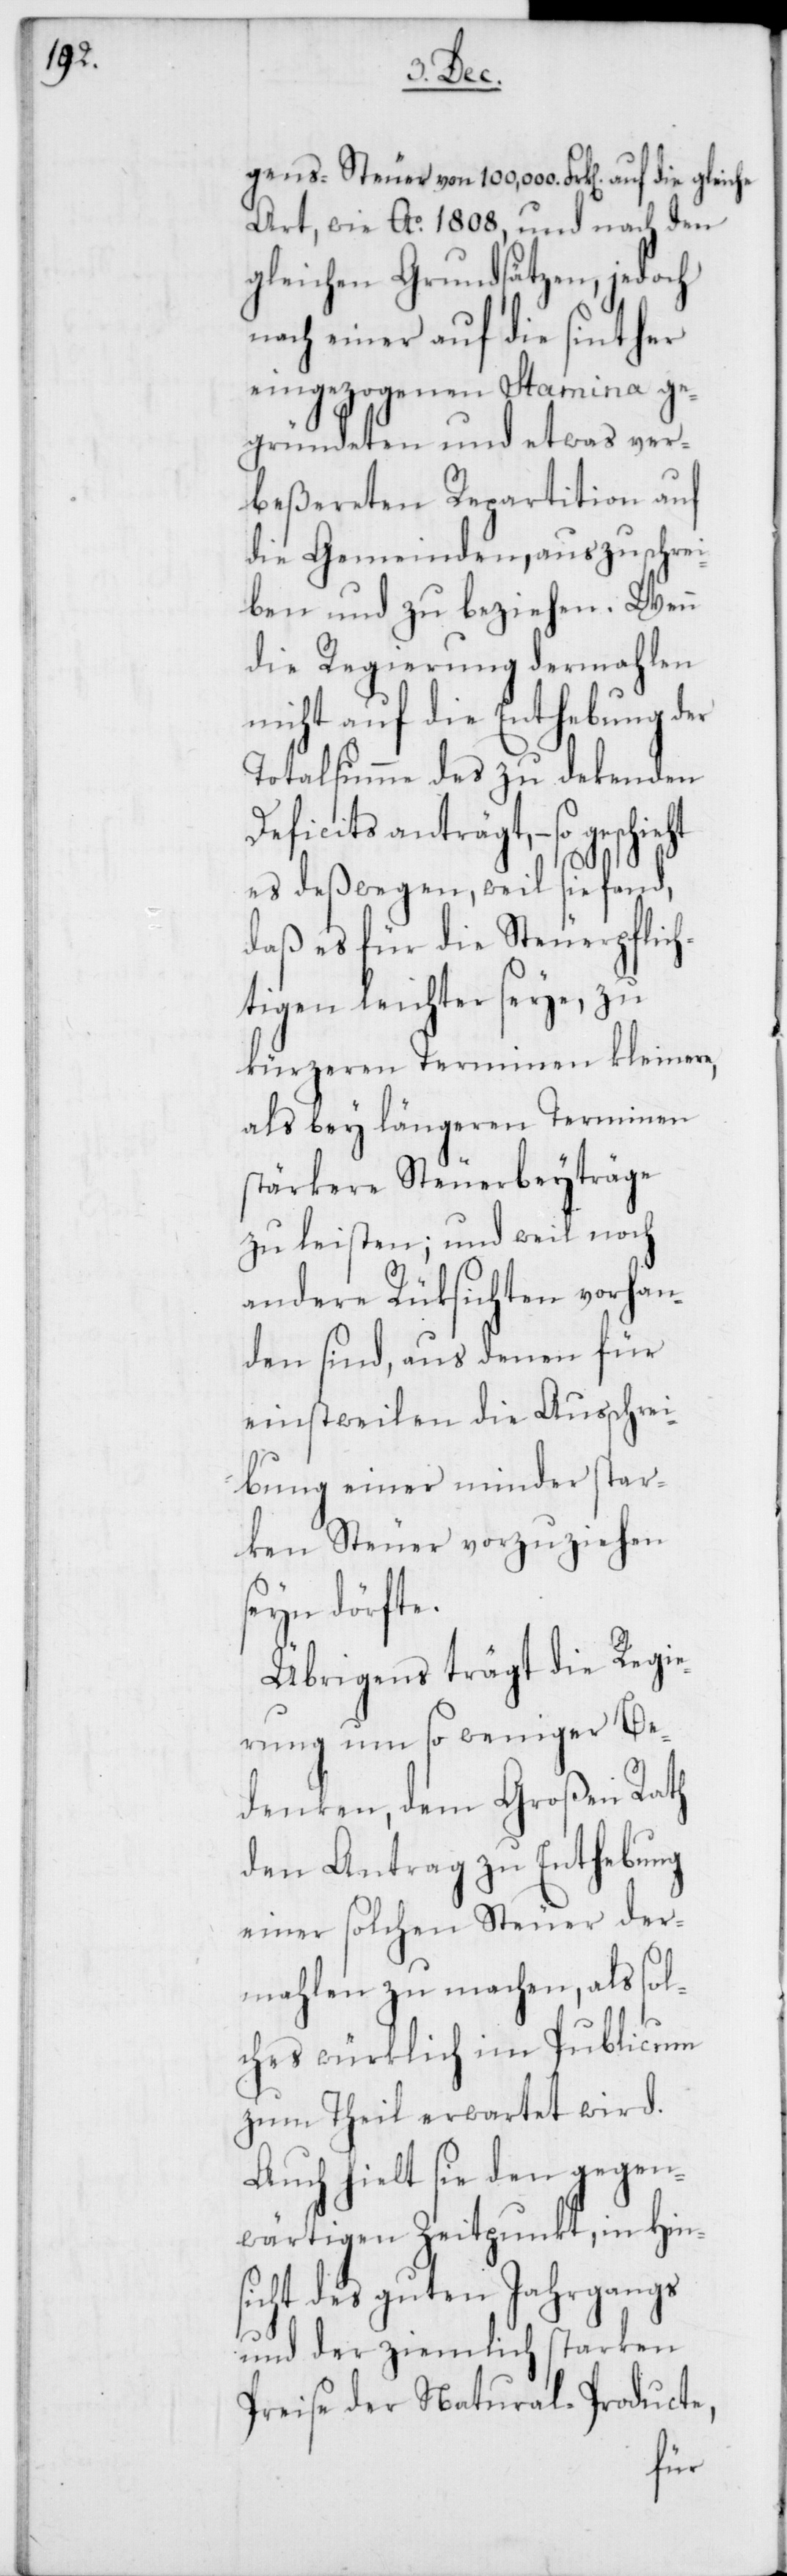
Art, wie Ao. 1808, und nach den
gleichen Grundsätzen, jedoch
nach einer auf die sinther
eingezogenen Stamina ge¬
gründeten und etwas ver¬
beßereten Repartition auf
die Gemeinden, auszuschrei¬
ben und zu beziehen. Wenn
die Regierung dermahlen
nicht auf die Enthebung der
Totalsumme des zu dekenden
Deficits anträgt, – so geschieht
es deßwegen, weil sie fand,
daß es für die Steuerpflich¬
tigen leichter seye, zu
kürzeren Terminen kleinere,
als bey längeren Terminen
stärkere Steuerbeyträge
zu leisten; und weil noch
andere Rüksichten vorhan¬
den sind, aus denen für
einstweilen die Ausschrei¬
bung einer minder star¬
ken Steuer vorzuziehen
seyn dürfte.
Übrigens trägt die Regie¬
rung um so weniger Be¬
denken, dem großen Rath
den Antrag zu Enthebung
einer solchen Steuer der¬
mahlen zu machen, als sol¬
ches würklich im Publicum
zum Theil erwartet wird.
Auch sieht sie den gegen¬
wärtigen Zeitpunkt, in Hin¬
sicht des guten Jahrgangs
und der ziemlich starken
Preise der Natural-Producte,